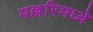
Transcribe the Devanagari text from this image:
मल्लरिमध्ये